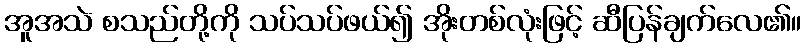
အူအသဲ စသည်တို့ကို သပ်သပ်ဖယ်၍ အိုးတစ်လုံးဖြင့် ဆီပြန်ချက်လေ၏။